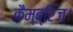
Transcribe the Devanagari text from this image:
कैम्ब्रिज।